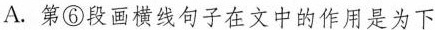
A.第⑥段画横线句子在文中的作用是为下